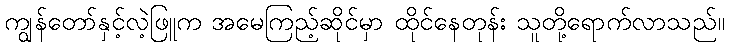
ကျွန်တော်နှင့်လဲ့ဖြူက အမေကြည့်ဆိုင်မှာ ထိုင်နေတုန်း သူတို့ရောက်လာသည်။